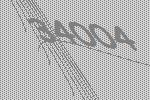
34004